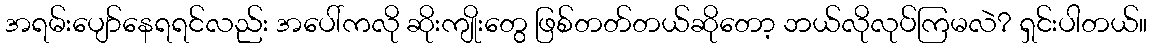
အရမ်းပျော်နေရရင်လည်း အပေါ်ကလို ဆိုးကျိုးတွေ ဖြစ်တတ်တယ်ဆိုတော့ ဘယ်လိုလုပ်ကြမလဲ? ရှင်းပါတယ်။